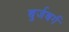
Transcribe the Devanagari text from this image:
बुर्जबर्ग